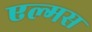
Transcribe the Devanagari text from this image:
एल्मस